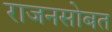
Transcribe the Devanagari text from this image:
राजनसोबत